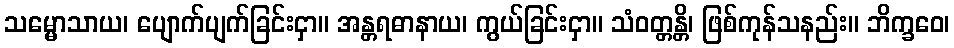
သမ္မောသာယ၊ ပျောက်ပျက်ခြင်းငှာ။ အန္တရဓာနာယ၊ ကွယ်ခြင်းငှာ။ သံဝတ္တန္တိ၊ ဖြစ်ကုန်သနည်း။ ဘိက္ခဝေ၊